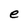
Character: e